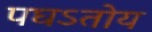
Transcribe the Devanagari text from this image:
पघऽतोय